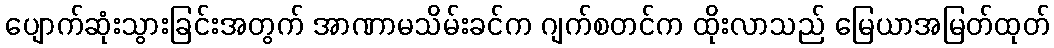
ပျောက်ဆုံးသွားခြင်းအတွက် အာဏာမသိမ်းခင်က ဂျက်စတင်က ထိုးလာသည် မြေယာအမြတ်ထုတ်